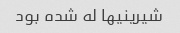
شیرینیها له شده بود